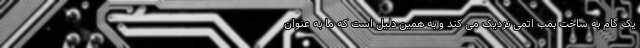
یک گام به ساخت بمب اتمی نزدیک می کند و به همین دلیل است که ما به عنوان